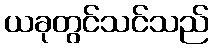
ယခုတွင်သင်သည်